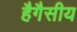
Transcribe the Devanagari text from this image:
हैगैसीय